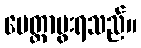
မေတ္တာပွးရသည်။